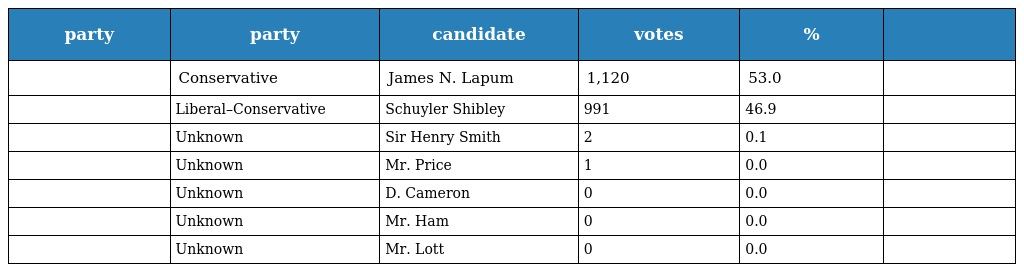
| party | party | candidate | votes | % |  |
 | --- | --- | --- | --- | --- | --- |
 |  | Conservative | James N. Lapum | 1,120 | 53.0 |  |
 |  | Liberal–Conservative | Schuyler Shibley | 991 | 46.9 |  |
 |  | Unknown | Sir Henry Smith | 2 | 0.1 |  |
 |  | Unknown | Mr. Price | 1 | 0.0 |  |
 |  | Unknown | D. Cameron | 0 | 0.0 |  |
 |  | Unknown | Mr. Ham | 0 | 0.0 |  |
 |  | Unknown | Mr. Lott | 0 | 0.0 |  |